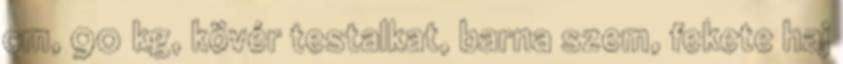
cm, 90 kg, kövér testalkat, barna szem, fekete haj